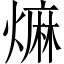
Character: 𤎎